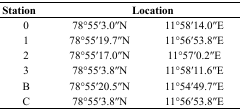
<table><thead><tr><td><b>Station</b></td><td colspan="2"><b>Location</b></td></tr></thead><tbody><tr><td>0</td><td>78°55′3.0′′N</td><td>11°58′14.0′′E</td></tr><tr><td>1</td><td>78°55′19.7′′N</td><td>11°56′53.8′′E</td></tr><tr><td>2</td><td>78°55′17.0′′N</td><td>11°57′0.2′′E</td></tr><tr><td>3</td><td>78°55′3.8′′N</td><td>11°58′11.6′′E</td></tr><tr><td>B</td><td>78°55′20.5′′N</td><td>11°54′49.7′′E</td></tr><tr><td>C</td><td>78°55′3.8′′N</td><td>11°56′53.8′′E</td></tr></tbody></table>